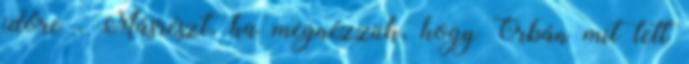
időre . Másrészt, ha megnézzük, hogy Orbán mit tett